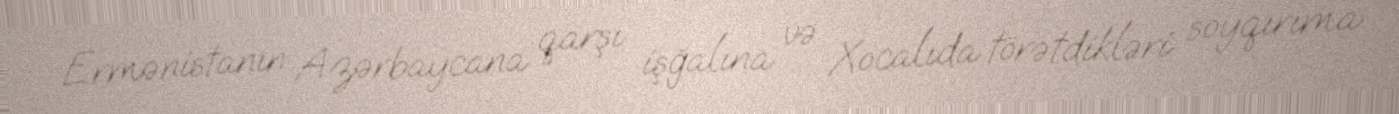
Ermənistanın Azərbaycana qarşı işğalına və Xocalıda törətdikləri soyqırıma